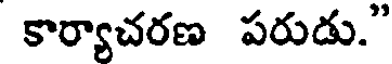
కార్యాచరణ పరుడు."